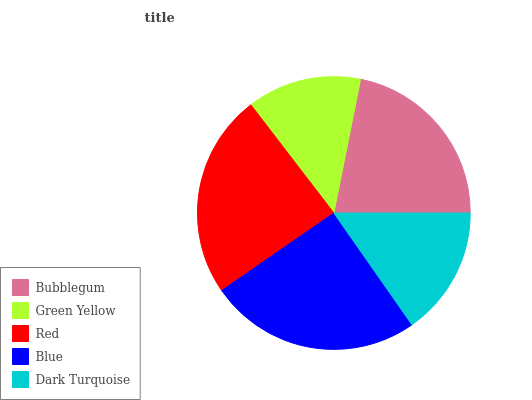
| Bubblegum | Green Yellow | Red | Blue | Dark Turquoise |
 | --- | --- | --- | --- | --- |
 | 21.8% | 13.6% | 24.2% | 25.1% | 15.3% |